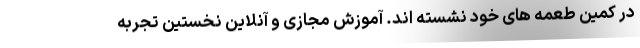
در کمین طعمه های خود نشسته اند. آموزش مجازی و آنلاین نخستین تجربه